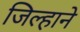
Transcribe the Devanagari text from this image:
जिल्हाने